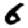
Digit: 6